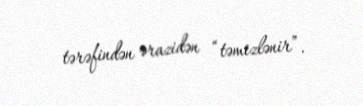
tərəfindən ərazidən “təmizlənir”.